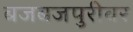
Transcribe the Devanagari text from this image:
बजबजपुरीवर